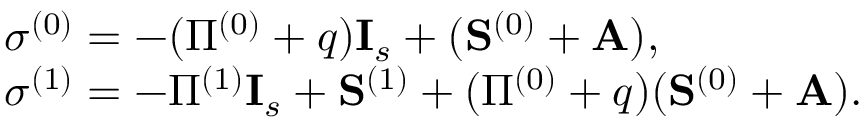
\begin{array} { r l } & { \boldsymbol { \sigma } ^ { ( 0 ) } = - ( \Pi ^ { ( 0 ) } + q ) \mathbf { I } _ { s } + ( \mathbf { S } ^ { ( 0 ) } + \mathbf { A } ) , } \\ & { \boldsymbol { \sigma } ^ { ( 1 ) } = - \Pi ^ { ( 1 ) } \mathbf { I } _ { s } + \mathbf { S } ^ { ( 1 ) } + ( \Pi ^ { ( 0 ) } + q ) ( \mathbf { S } ^ { ( 0 ) } + \mathbf { A } ) . } \end{array}